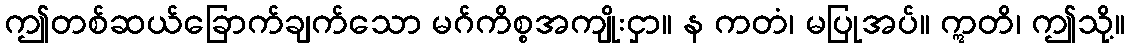
ဤတစ်ဆယ်ခြောက်ချက်သော မဂ်ကိစ္စအကျိုးငှာ။ န ကတံ၊ မပြုအပ်။ ဣတိ၊ ဤသို့။